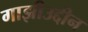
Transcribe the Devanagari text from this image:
गाझीउद्दीन